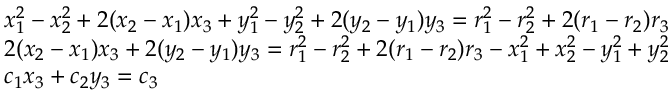
\begin{array} { r l } & { x _ { 1 } ^ { 2 } - x _ { 2 } ^ { 2 } + 2 ( x _ { 2 } - x _ { 1 } ) x _ { 3 } + y _ { 1 } ^ { 2 } - y _ { 2 } ^ { 2 } + 2 ( y _ { 2 } - y _ { 1 } ) y _ { 3 } = r _ { 1 } ^ { 2 } - r _ { 2 } ^ { 2 } + 2 ( r _ { 1 } - r _ { 2 } ) r _ { 3 } } \\ & { 2 ( x _ { 2 } - x _ { 1 } ) x _ { 3 } + 2 ( y _ { 2 } - y _ { 1 } ) y _ { 3 } = r _ { 1 } ^ { 2 } - r _ { 2 } ^ { 2 } + 2 ( r _ { 1 } - r _ { 2 } ) r _ { 3 } - x _ { 1 } ^ { 2 } + x _ { 2 } ^ { 2 } - y _ { 1 } ^ { 2 } + y _ { 2 } ^ { 2 } } \\ & { c _ { 1 } x _ { 3 } + c _ { 2 } y _ { 3 } = c _ { 3 } } \end{array}